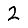
Digit: 2